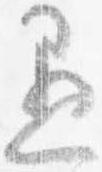
愚